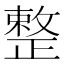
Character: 整